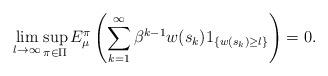
LaTeX: \begin{align*}\lim\limits_{l\to\infty}\sup_{\pi\in\Pi}E_\mu^\pi\left(\sum_{k=1}^\infty \beta^{k-1} w(s_k)1_{\{ w(s_k)\ge l\}}\right) =0.\end{align*}